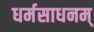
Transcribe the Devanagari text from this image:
धर्मसाधनम्